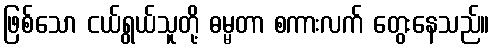
ဖြစ်သော ငယ်ရွယ်သူတို့ ဓမ္မတာ စကားလက် တွေးနေသည်။